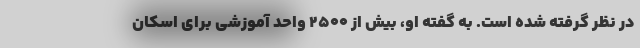
در نظر گرفته شده است. به گفته او، بیش از ۲۵۰۰ واحد آموزشی برای اسکان